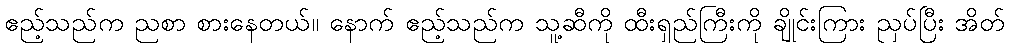
ဧည့်သည်က ညစာ စားနေတယ်။ နောက် ဧည့်သည်က သူ့ဆီကို ထီးရှည်ကြီးကို ချိုင်းကြား ညှပ်ပြီး အိတ်